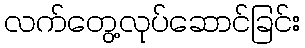
လက်တွေ့လုပ်ဆောင်ခြင်း